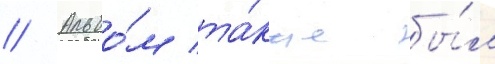
// Альбо́м та́кже бы́л